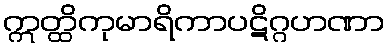
ဣတ္ထိကုမာရိကာပဋိဂ္ဂဟဏာ